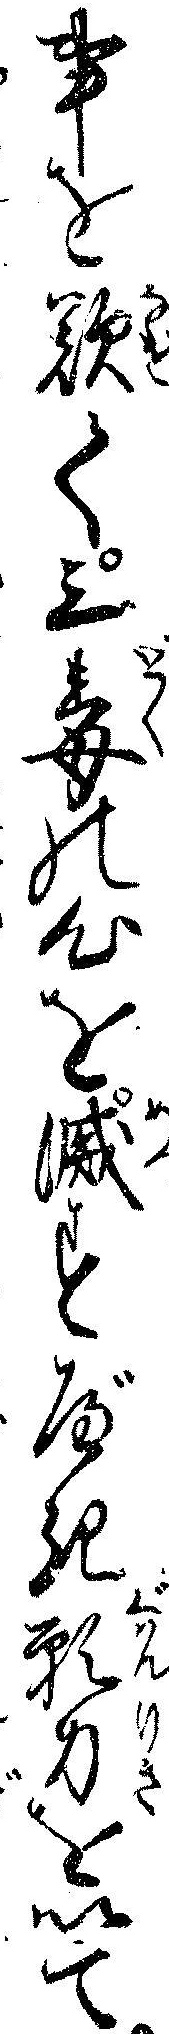
事を歎て三毒の心を滅すべき願力を以て